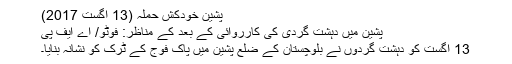
پشین خودکش حملہ (13 اگست 2017)
پشین میں دہشت گردی کی کارروائی کے بعد کے مناظر: فوٹو/ اے ایف پی
13 اگست کو دہشت گردوں نے بلوچستان کے ضلع پشین میں پاک فوج کے ٹرک کو نشانہ بنایا۔